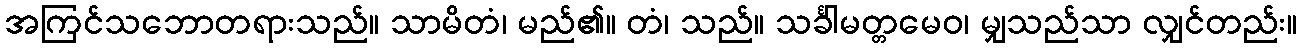
အကြင်သဘောတရားသည်။ သာမိတံ၊ မည်၏။ တံ၊ သည်။ သင်္ခါမတ္တမေဝ၊ မျှသည်သာ လျှင်တည်း။